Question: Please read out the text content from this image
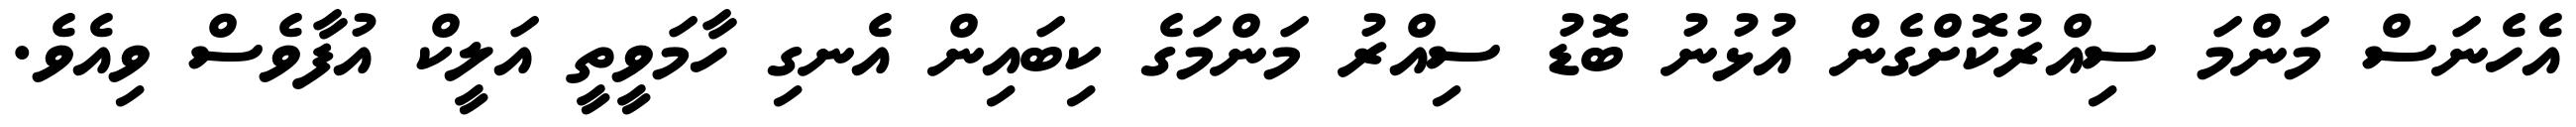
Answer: އެހެނަސް މަންމަ ސިއްރުކޮށްގެން އުޅުނު ބޮޑު ސިއްރު މަންމަގެ ކިބައިން އެނގި ހާމަވީތީ އަލީކް އުފާވެސް ވިއެވެ.